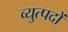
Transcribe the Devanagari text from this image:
व्युत्पदों